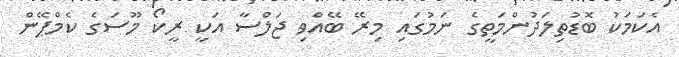
އެކަމަކު ބޮޑުތިލަދުންމަތީގެ ނަމުގައި މިރޭ ބޭއްވި ޖަލްސާ އަކީ ރީކޯ މޫސަގެ ކެމްޕޭން